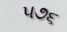
૫૭૬